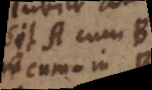
Sit A cum B